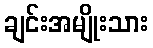
ချင်းအမျိုးသား